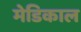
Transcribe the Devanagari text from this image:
मेडिकाल